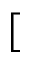
[